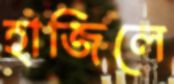
হাজিলে